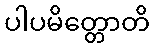
ပါပမိတ္တောတိ